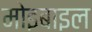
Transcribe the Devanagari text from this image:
मोइबाइल